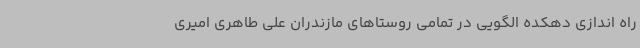
راه اندازی دهکده الگویی در تمامی روستاهای مازندران علی طاهری امیری